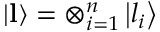
\left\vert \mathbf { l } \right\rangle = \otimes _ { i = 1 } ^ { n } \left\vert l _ { i } \right\rangle